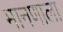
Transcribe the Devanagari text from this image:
मानणाला